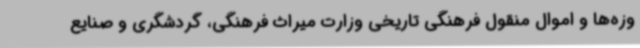
وزه‌ها و اموال منقول فرهنگی تاریخی وزارت میراث فرهنگی، گردشگری و صنایع